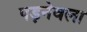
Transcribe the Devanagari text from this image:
पड़नेवला